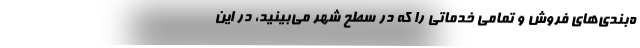
ه‌بندی‌های فروش و تمامی خدماتی را که در سطح شهر می‌بینید، در این